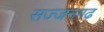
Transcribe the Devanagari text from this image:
सज्‍जनगढ़